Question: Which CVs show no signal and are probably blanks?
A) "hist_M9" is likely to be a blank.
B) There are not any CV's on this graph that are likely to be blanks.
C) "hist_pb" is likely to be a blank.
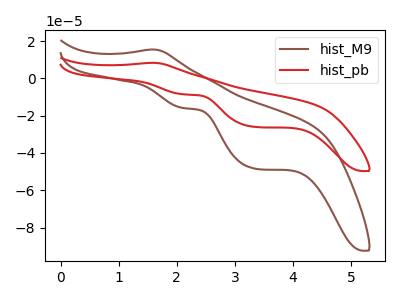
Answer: <think>The brown curve "hist_M9" has an anodic peak at (1.60V, 15.45uA) and cathodic peaks at (2.10V, -15.95uA) (3.35V, -48.45uA). The red curve "hist_pb" has an anodic peak at (1.60V, 8.30uA) and cathodic peaks at (2.10V, -8.55uA) (3.35V, -26.05uA).</think>
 <answer>B) There are not any CV's on this graph that are likely to be blanks.</answer>
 <eval>B</eval>